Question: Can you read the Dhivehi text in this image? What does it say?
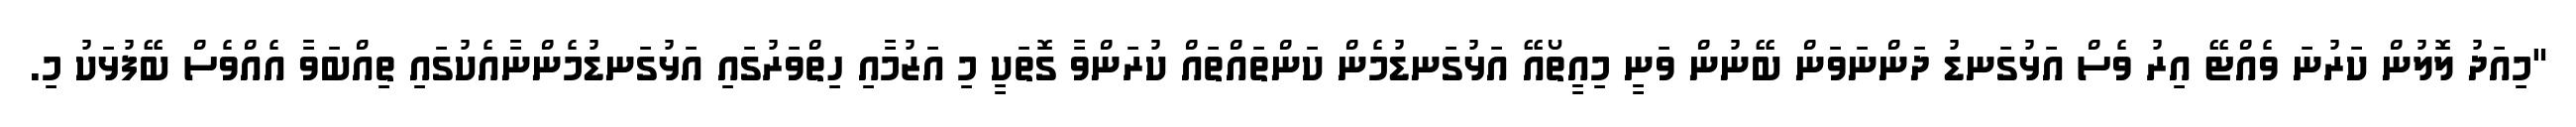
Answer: "މިއަދު ލޮލުން ކަރުނަ ވެއްޓޭ އިރު ވެސް އަޅުގަނޑު ދަންނަވަން ބޭނުން ވަނީ މިއީތޯއޭ އަޅުގަނޑުމެން ކަންތައްތައް ކުރަންވާ ގޮތަކީ މި އަޒުމާއި ހިތްވަރުގައި އަޅުގަނޑުމެންނާއެކުގައި ތިއްބަވާ އެއްވެސް ބޭފުޅަކު މި.